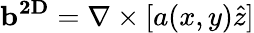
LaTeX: \mathbf{b^{2D}}=\mathbf{\nabla}\times[a(x,y)\hat{z}]